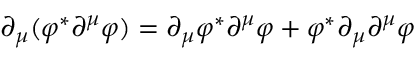
\partial _ { \mu } ( \varphi ^ { * } \partial ^ { \mu } \varphi ) = \partial _ { \mu } \varphi ^ { * } \partial ^ { \mu } \varphi + \varphi ^ { * } \partial _ { \mu } \partial ^ { \mu } \varphi